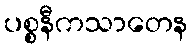
ပစ္စနီကသာတေန